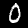
Digit: 0